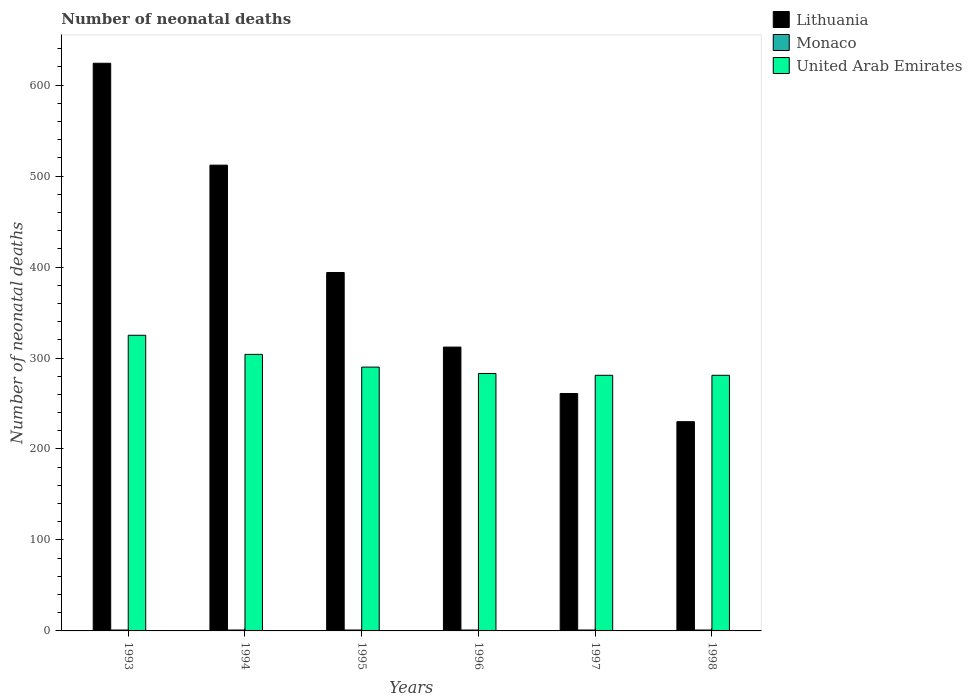
| Years | Lithuania | Monaco | United Arab Emirates |
 | --- | --- | --- | --- |
 | 1993 | 624 | 1 | 325 |
 | 1994 | 512 | 1 | 304 |
 | 1995 | 394 | 1 | 290 |
 | 1996 | 312 | 1 | 283 |
 | 1997 | 261 | 1 | 281 |
 | 1998 | 230 | 1 | 281 |